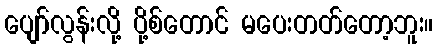
ပျော်လွန်းလို့ ပို့စ်တောင် မပေးတတ်တော့ဘူး။